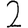
Digit: 2